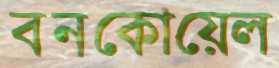
বনকোয়েল